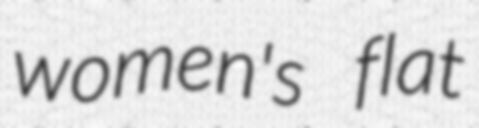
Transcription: women's flat